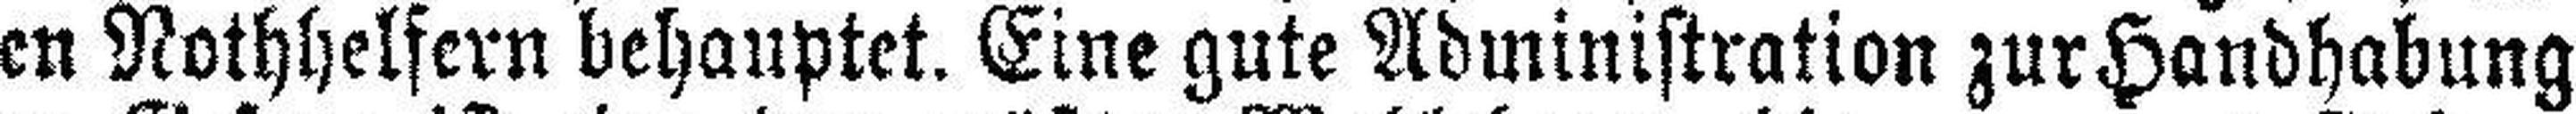
gen Rothhelfern behauptet. Eine gute Administration zur Handhabung